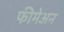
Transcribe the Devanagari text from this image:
फीमेअन